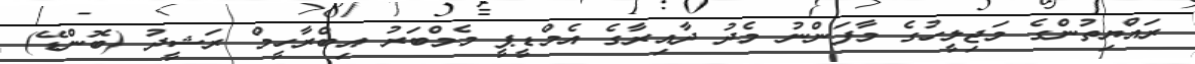
ރައްޔިތުންގެ މަޖިލީހުގެ މާފަންނު މެދު ދާއިރާގެ އެމްޑީޕީ މެމްބަރު އިބްރާހީމް ރަޝީދު (ބޮންޑޭ)